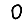
Digit: 0